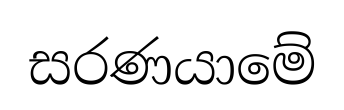
සරණයාමේ